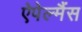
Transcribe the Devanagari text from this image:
ऐपेल्मैंस